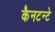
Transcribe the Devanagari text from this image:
कैनटन्टे